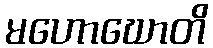
မဟောဃောတိ